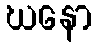
ဃနော